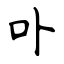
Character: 卟